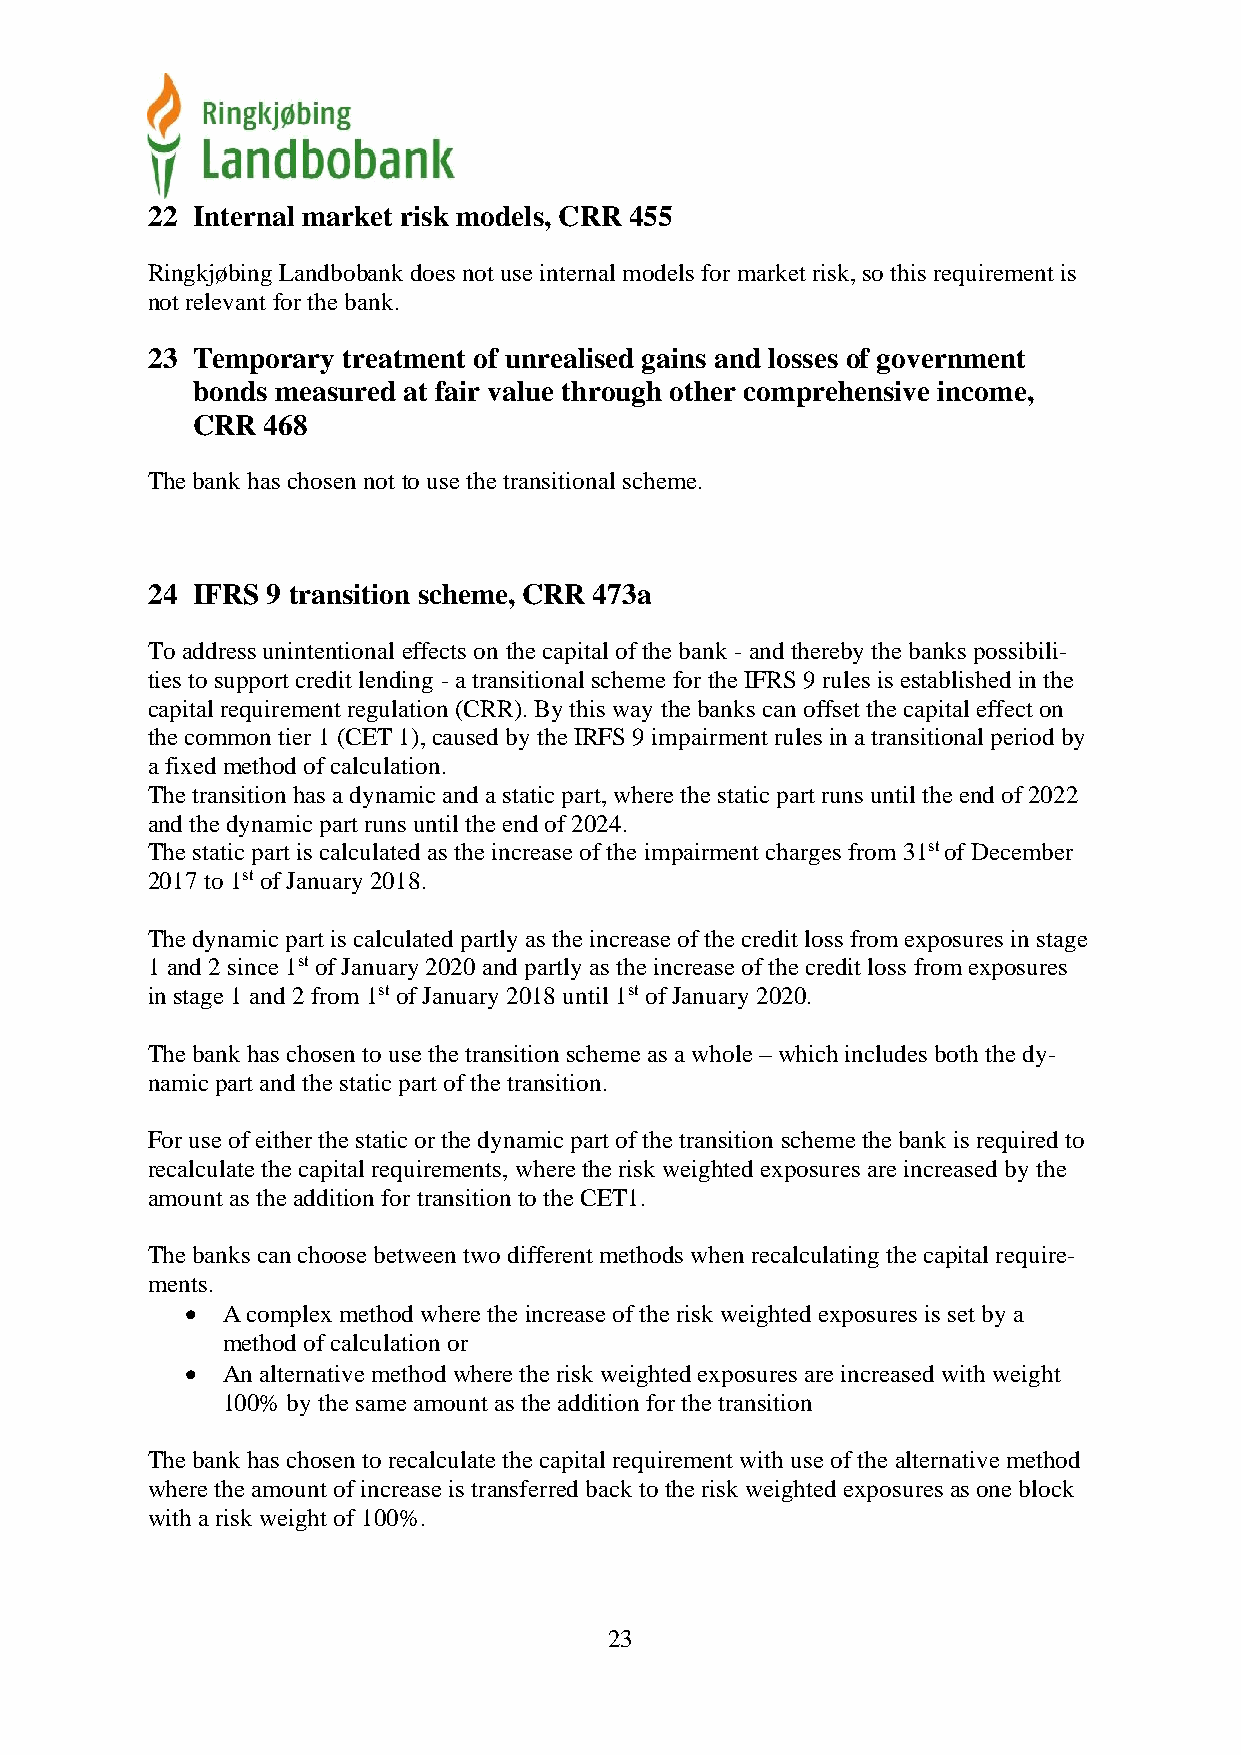
22 Internal market risk models, CRR 455
 Ringkjøbing Landbobank does not use internal models for market risk, so this requirement is
 not relevant for the bank.
 23 Temporary treatment of unrealised gains and losses of government
 bonds measured at fair value through other comprehensive income,
 CRR 468
 The bank has chosen not to use the transitional scheme.
 24 IFRS 9 transition scheme, CRR 473a
 To address unintentional effects on the capital of the bank - and thereby the banks possibili-
 ties to support credit lending - a transitional scheme for the IFRS 9 rules is established in the
 capital requirement regulation (CRR). By this way the banks can offset the capital effect on
 the common tier 1 (CET 1), caused by the IRFS 9 impairment rules in a transitional period by
 a fixed method of calculation.
 The transition has a dynamic and a static part, where the static part runs until the end of 2022
 and the dynamic part runs until the end of 2024.
 The static part is calculated as the increase of the impairment charges from 31st of December
 2017 to 1st of January 2018.
 The dynamic part is calculated partly as the increase of the credit loss from exposures in stage
 1 and 2 since 1st of January 2020 and partly as the increase of the credit loss from exposures
 in stage 1 and 2 from 1st of January 2018 until 1st of January 2020.
 The bank has chosen to use the transition scheme as a whole – which includes both the dy-
 namic part and the static part of the transition.
 For use of either the static or the dynamic part of the transition scheme the bank is required to
 recalculate the capital requirements, where the risk weighted exposures are increased by the
 amount as the addition for transition to the CET1.
 The banks can choose between two different methods when recalculating the capital require-
 ments.
 •  A complex method where the increase of the risk weighted exposures is set by a
 method of calculation or
 •  An alternative method where the risk weighted exposures are increased with weight
 100% by the same amount as the addition for the transition
 The bank has chosen to recalculate the capital requirement with use of the alternative method
 where the amount of increase is transferred back to the risk weighted exposures as one block
 with a risk weight of 100%.
 23